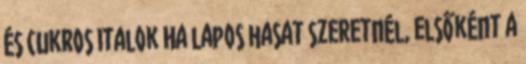
és cukros italok Ha lapos hasat szeretnél, elsőként a